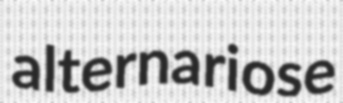
alternariose